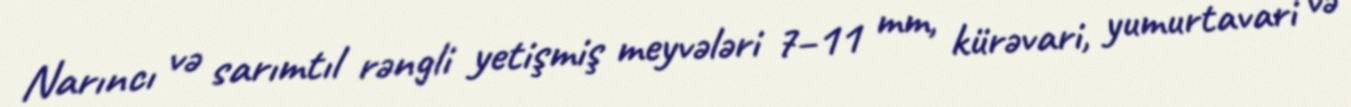
Narıncı və sarımtıl rəngli yetişmiş meyvələri 7–11 mm, kürəvari, yumurtavari və